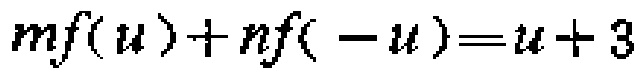
\(mf(u)+nf(-u)=u + 3\)